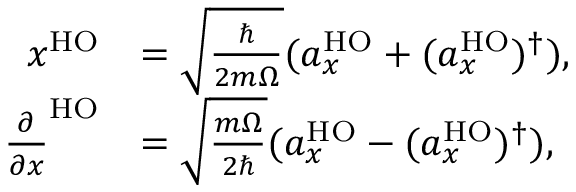
\begin{array} { r l } { x ^ { \mathrm { H O } } } & { = \sqrt { \frac { \hbar } { 2 m \Omega } } ( a _ { x } ^ { \mathrm { H O } } + ( a _ { x } ^ { \mathrm { H O } } ) ^ { \dag } ) , } \\ { \frac { \partial } { \partial x } ^ { \mathrm { H O } } } & { = \sqrt { \frac { m \Omega } { 2 \hbar } } ( a _ { x } ^ { \mathrm { H O } } - ( a _ { x } ^ { \mathrm { H O } } ) ^ { \dag } ) , } \end{array}